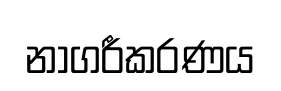
නාගරීකරණය